Scottish Leaving Certificate Examination, 1957
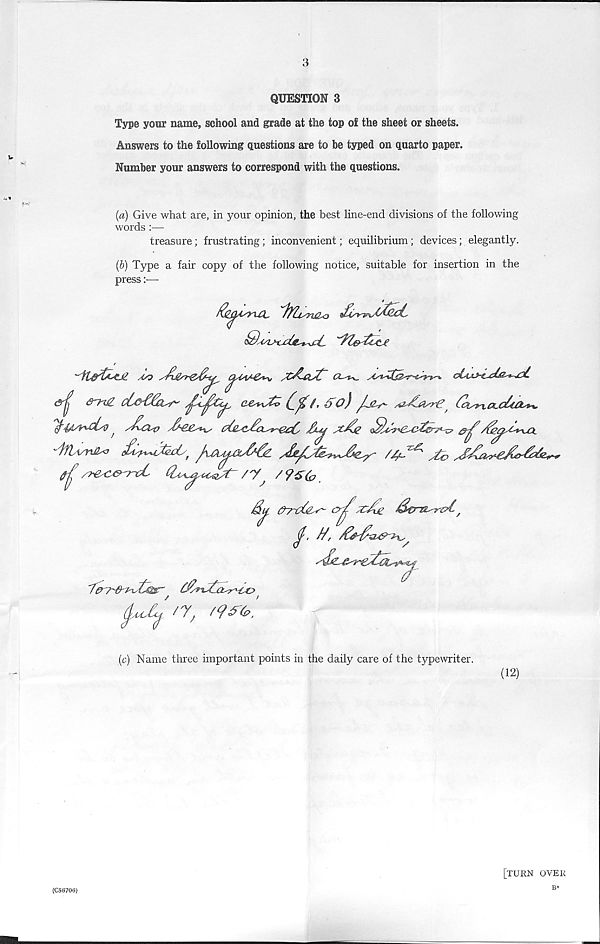
3
QUESTION 3
Type your name, school and grade at the top of the sheet or sheets.
Answers to the following questions are to he typed on quarto paper.
Number your answers to correspond with the questions.
(a) Give what are, in your opinion, the best line-end divisions of the following
words :—
treasure; frustrating; inconvenient; equilibrium; devices; elegantly.
(b) Type a fair copy of the following notice, suitable for insertion in the
press
AS)
Jb
/'V /?S(o
£u
crj^xJxjz Scrzi^r&l,
(y. tf,
C^x£SrSc>
W^'V, '9dT(e',
(A
8"
(c) Name three important points in the daily care of the typewriter.
(12)
[turn over
B*
(C56706)